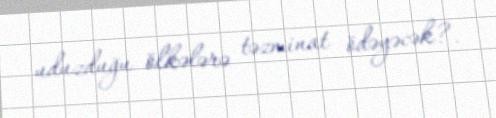
uduzduğu ölkələrə təzminat ödəyəcək?.